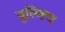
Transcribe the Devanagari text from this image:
वुल्विच